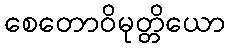
စေတောဝိမုတ္တိယော